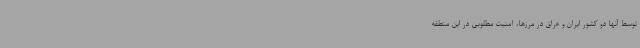
توسط آنها دو کشور ایران و عراق در مرزها، امنیت مطلوبی در این منطقه